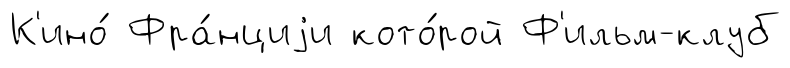
К'ино́ Фра́нциjи кото́рой Ф'ильм-клуб